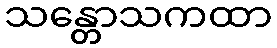
သန္တောသကထာ